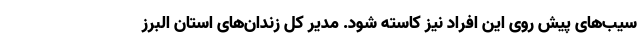
سیب‌های پیش روی این افراد نیز کاسته شود. مدیر کل زندان‌های استان البرز